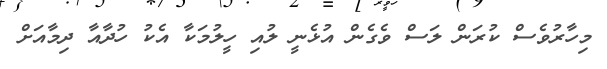
މިހާރުވެސް ކުރަން ލަސް ވެގެން އުޅެނީ ލުއި ހީލުމަކާ އެކު ހުދާއާ ދިމާއަށް